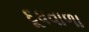
દૂધવાળા